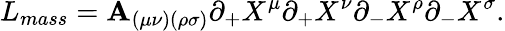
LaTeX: L_{mass}=\mathbf{A}_{(\mu\nu)(\rho\sigma)}\partial_{+}X^{\mu}\partial_{+}X^{\nu}\partial_{-}X^{\rho}\partial_{-}X^{\sigma}.